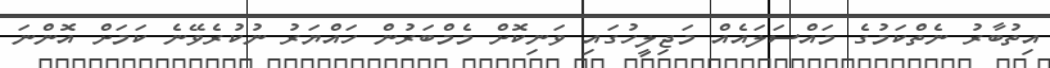
އިތުބާރު ނެތްކަމުގެ މައްސަލައެއް މަޖިލީހުގައި ވަނިކޮށް މެމްބަރުން ހައްޔަރު ނުކުރެވޭނެ ކަމަށް އޮންނަ